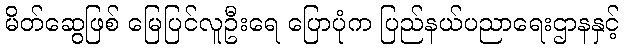
မိတ်ဆွေဖြစ် မြေပြင်လူဦးရေ ပြောပုံက ပြည်နယ်ပညာရေးဌာနနှင့်